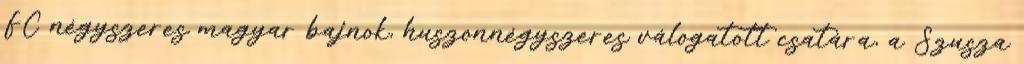
FC négyszeres magyar bajnok, huszonnégyszeres válogatott csatára, a Szusza